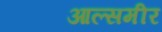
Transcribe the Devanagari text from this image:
आल्समीर